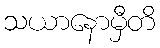
သယာနောမှီတိ